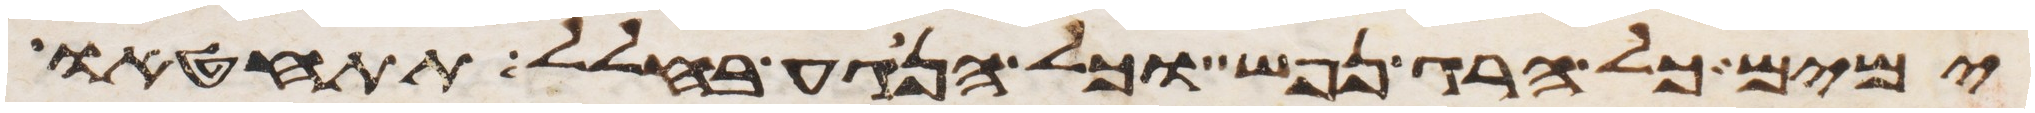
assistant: ימים כל הרג נפש וכל הנגע בחלל תתחטאו